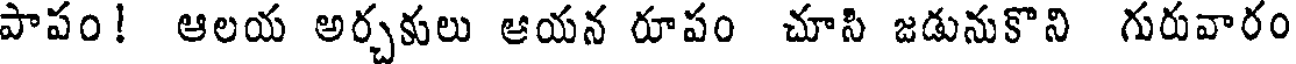
పాపం! ఆలయ అర్చకులు ఆయన రూపం చూసి జడునుకొని గురువారం